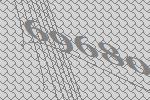
69680